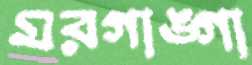
মরগাঙ্গা